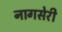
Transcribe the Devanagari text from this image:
नागसेरी